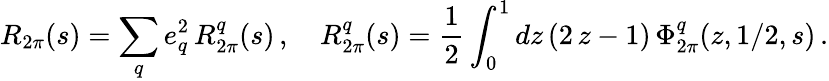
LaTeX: R_{2\pi}(s)=\sum_{q}e_{q}^{2}\, R_{2\pi}^{q}(s)\, ,\quad R_{2\pi}^{q}(s)=\frac{1}{2}\int_{0}^{1}dz\, (2\, z-1)\, \Phi_{2\pi}^{q}(z,1/2,s)\, .